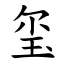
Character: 玺